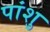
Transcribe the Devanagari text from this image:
पांशु